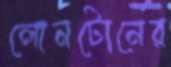
লোনটোনের